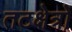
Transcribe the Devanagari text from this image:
तटक्षेत्रों